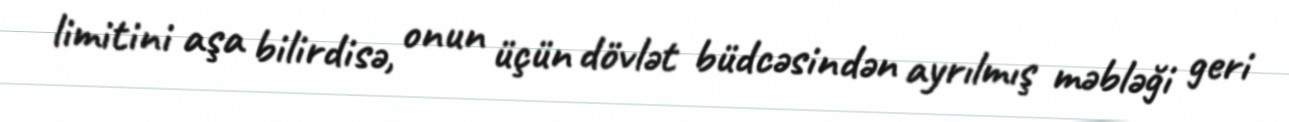
limitini aşa bilirdisə, onun üçün dövlət büdcəsindən ayrılmış məbləği geri